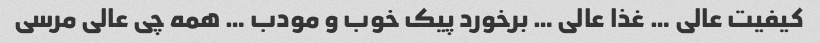
کیفیت عالی … غذا عالی … برخورد پیک خوب و مودب … همه چی عالی مرسی